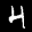
Label: 4